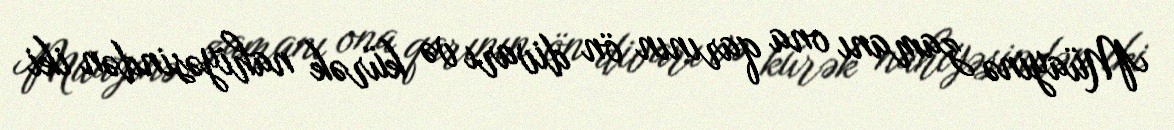
Müayinə zamanı ona qarının ön divarı və kürək nahiyəsindən iki